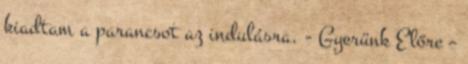
kiadtam a parancsot az indulásra. - Gyerünk Előre –